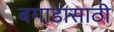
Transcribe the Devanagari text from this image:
बगाडासाठी